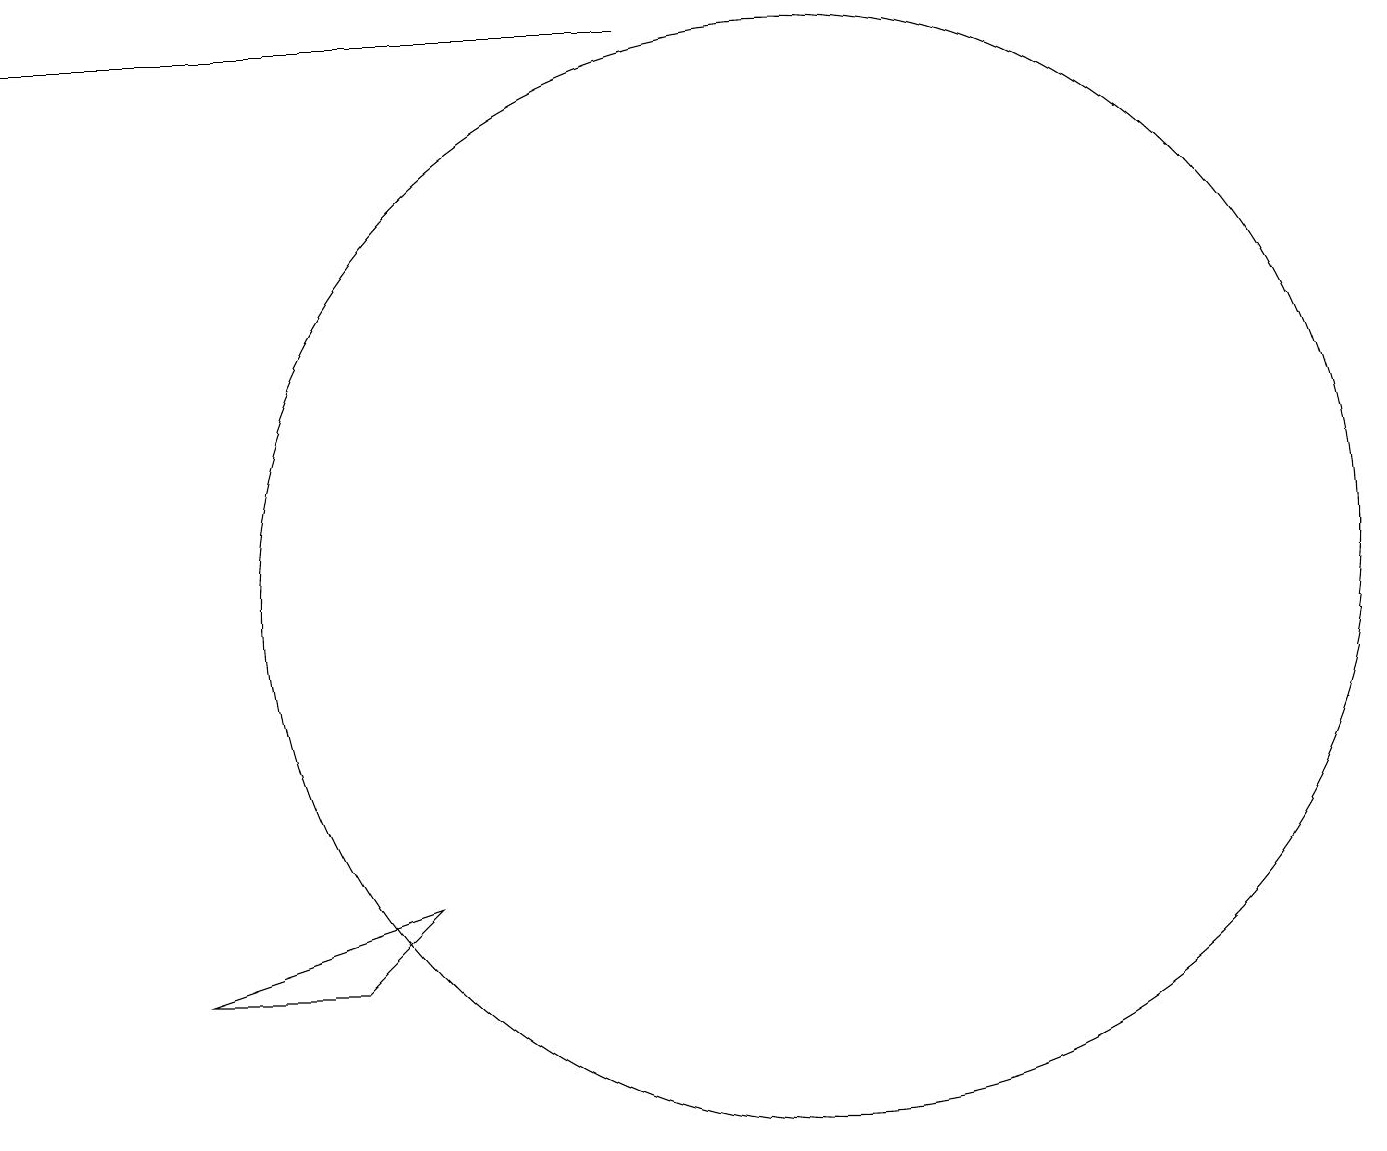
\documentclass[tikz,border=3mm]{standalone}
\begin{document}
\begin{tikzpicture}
\draw (8,17) rectangle (0,17);
\draw (10,10) circle (7);
\draw (2,5) -- (4,5) -- (5,6) -- cycle;
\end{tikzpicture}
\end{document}